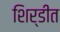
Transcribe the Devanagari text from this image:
शिर्डीत